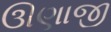
ઊણાજી